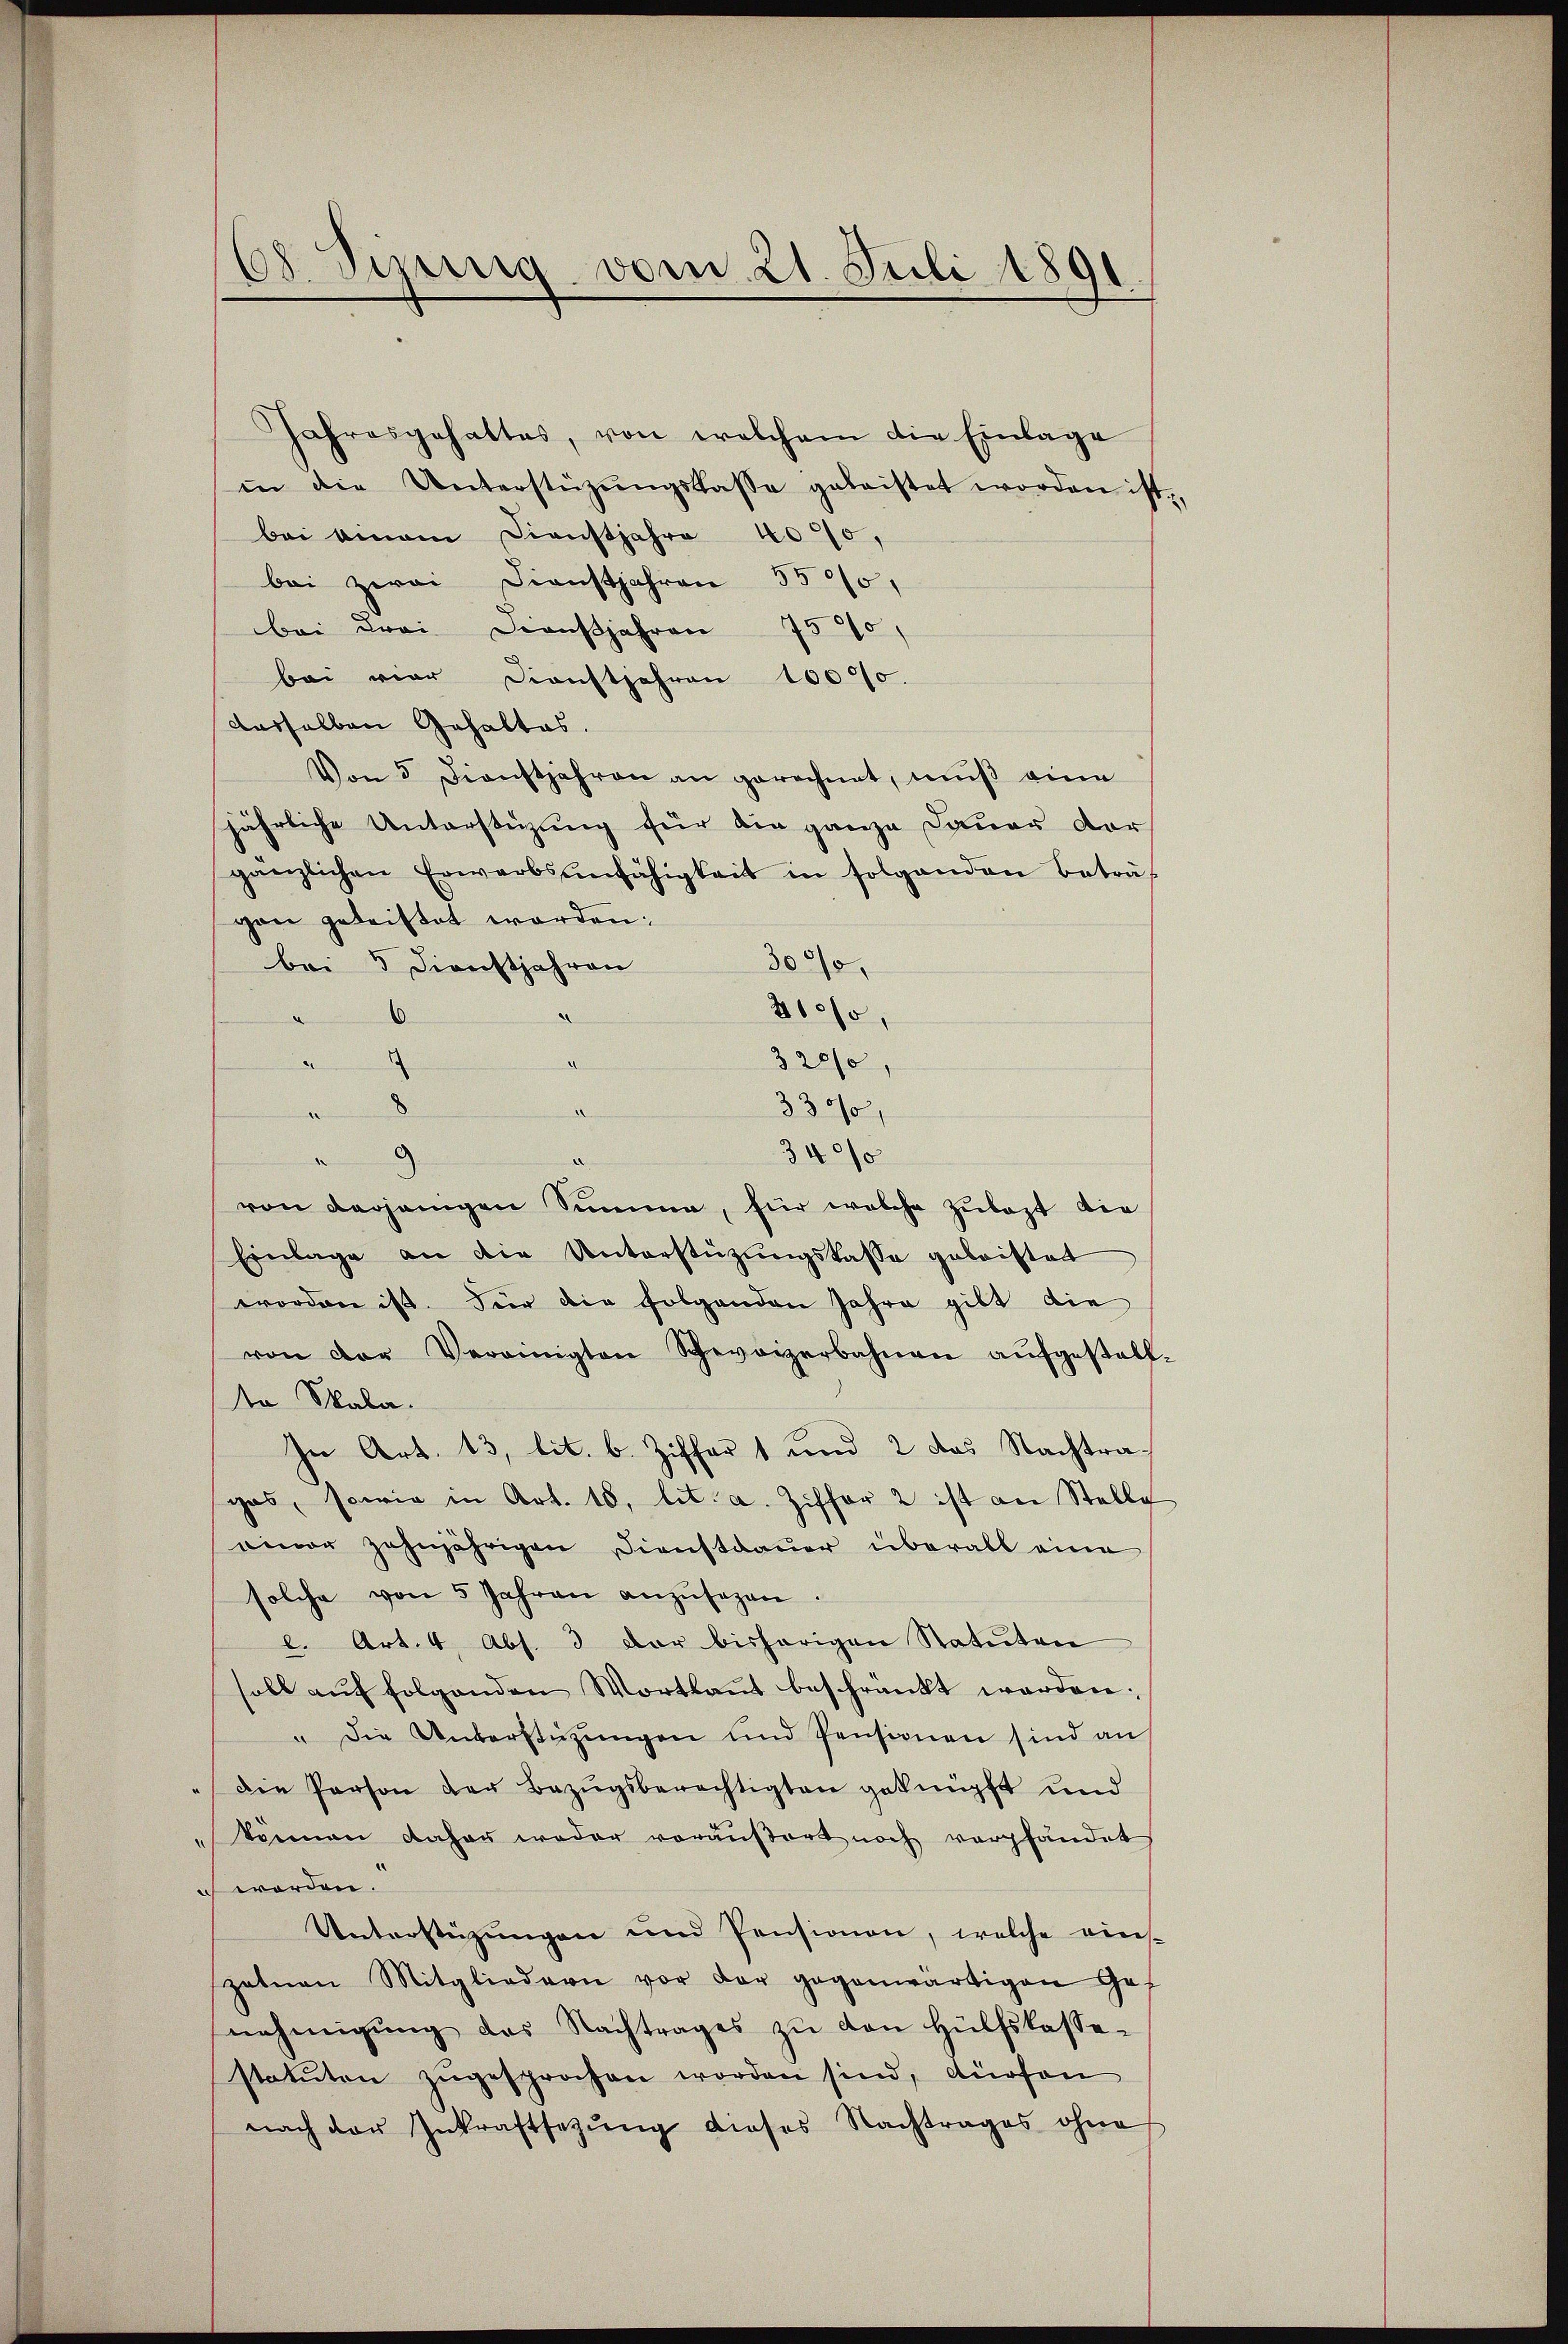
08. Sipnig vom 21. Juli 1891

Jahresgehaltes, von welchem die Einlage
in die Unterstützŭngskasse geleistet worden ist,
bei einem Dienstjahre 4000,
bei zwei Dienstjahren 5500,
bei drei Dornsjahren 75%
bei vier Dienstjahren 10000
dasselben Gehaltes.
Von 3 Dienstjahren an gerechnet, muß eine
jährliche Unterstüzung für die ganze Dauer dorgänzlichen Erwarbsunfähigkeit in folgenden beträgen geleistet worden:
3000,
bei 3 Dienstjahren
810%,
6
)

320/0
den
d
3300,
d
d
340/0
von derjenigen Summe, für welche zulast die
Einlage an die Unterstützungskasse geleistet
worden ist. Für die folgenden Jahre gilt die
von der Vereinigten Schweizerbahnen aŭfgestell-
to Skala.
In Art. 13, lit. b. Ziffer 1 und 2 das Nachtragas, sowie in Art. 18, lit. a. Ziffer 2 ist an Stelle
einer zehnjährigen Dienstdauer überall eine
solche von 5 Jahren anzusagen.
c. Art. 4. Abs. 3 der bisherigen Statuten
soll aŭf folgenden Wortkaṅt beschränkt werden;
" die Unterstützungen und Pensionen sind an
die Person der Bezŭgsberechtigten geknüpft und
können daher weder vorausart noch verpfändet
ich werden.
Unterstützŭngen und Pensionen, welche eins-
zatnen Mitgliedern vor der gegenwärtigen Gef
nehmigŭng des Nachtrages zŭ den Hülfskasse-
statuten zugesprochen worden sind, dürfen
nach der Inkraftsetzŭng dieses Nachtrages ohne